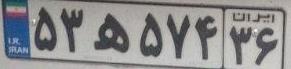
۵۳ه۵۷۴۳۶